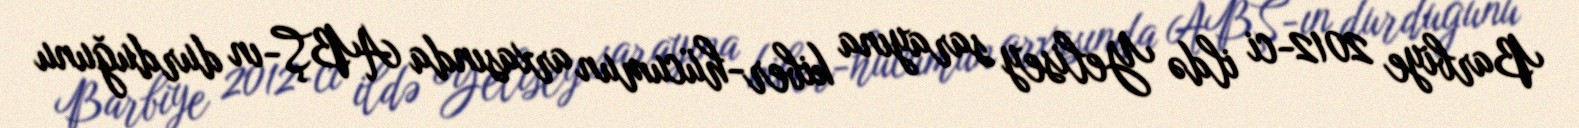
Barbiye 2012-ci ildə Yelisey sarayına kiber-hücumun arxasında ABŞ-ın durduğunu